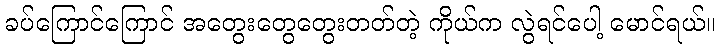
ခပ်ကြောင်ကြောင် အတွေးတွေတွေးတတ်တဲ့ ကိုယ်က လွဲရင်ပေါ့ မောင်ရယ်။